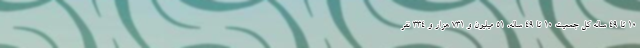
۱۰ تا ۴۹ ساله کل جمعیت ۱۰ تا ۴۹ ساله، ۵۱ میلیون و ۷۳۱ هزار و ۳۳۴ نفر